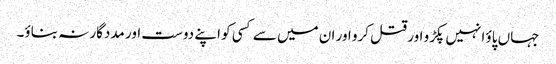
جہاں پاؤ انہیں پکڑو اور قتل کرو اور ان میں سے کسی کو اپنے دوست اور مددگار نہ بناؤ۔